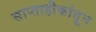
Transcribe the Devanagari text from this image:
साप्ताहीकांतून